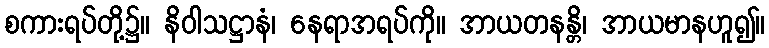
စကားရပ်တို့၌။ နိဝါသဋ္ဌာနံ၊ နေရာအရပ်ကို။ အာယတနန္တိ၊ အာယမာနဟူ၍။